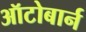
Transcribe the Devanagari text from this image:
ऑटोबार्न